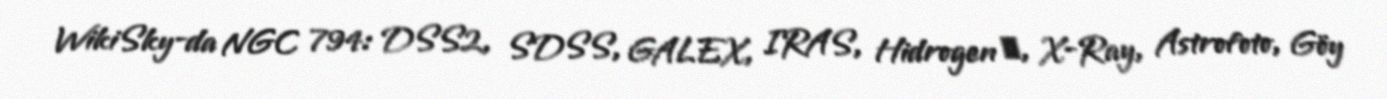
WikiSky-da NGC 794: DSS2, SDSS, GALEX, IRAS, Hidrogen α, X-Ray, Astrofoto, Göy